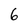
Character: 6